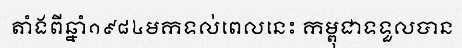
តាំងពីឆ្នាំ១៩៨៤មកទល់ពេលនេះ កម្ពុជាទទួលបាន